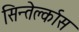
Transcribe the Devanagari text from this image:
सिन्तेर्क्लास